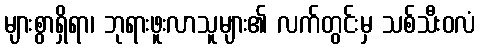
များစွာရှိရာ၊ ဘုရားဖူးလာသူများ၏ လက်တွင်းမှ သစ်သီးဝလံ